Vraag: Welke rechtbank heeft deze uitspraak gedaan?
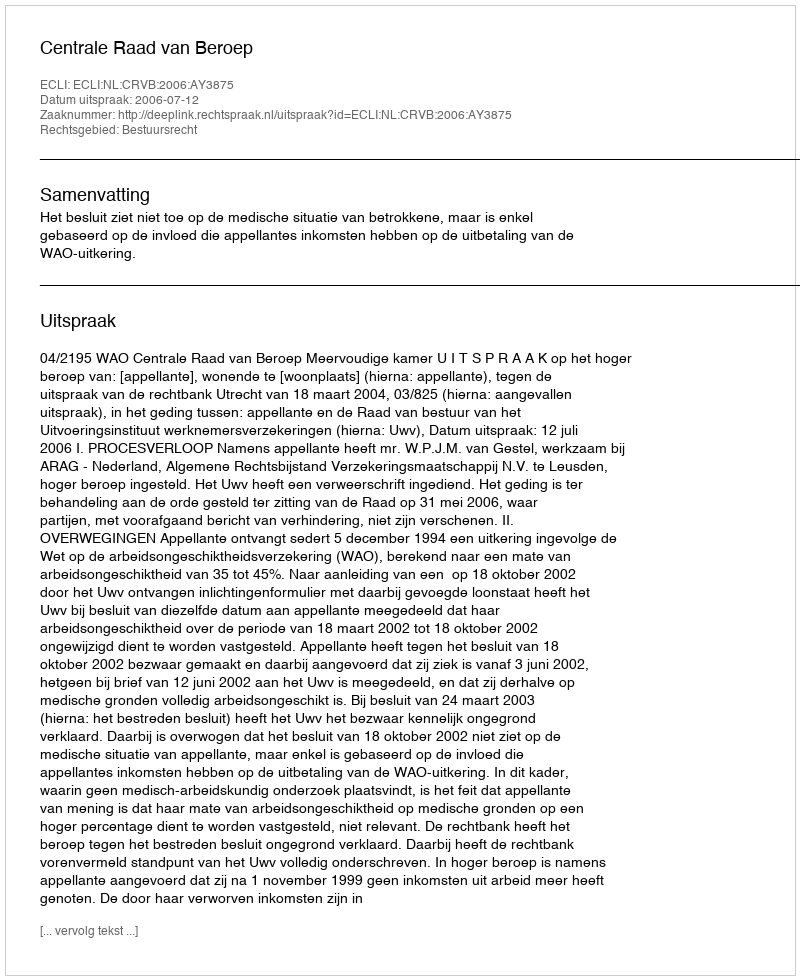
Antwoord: Centrale Raad van Beroep